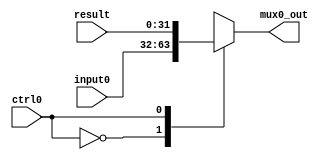
module MUX0(
    input [31:0] input0,
    input [31:0] result,
    input ctrl0,
    output reg [31:0] mux0_out
  );

  always@(*)
  begin
    case (ctrl0)
      1'b0:
        mux0_out=input0;
      1'b1:
        mux0_out=result;
    endcase
  end

endmodule